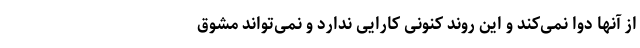
از آنها دوا نمی‌کند و این روند کنونی کارایی ندارد و نمی‌تواند مشوق